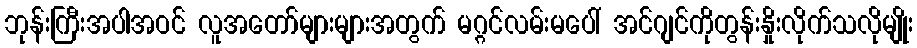
ဘုန်းကြီးအပါအဝင် လူအတော်များများအတွက် မဂ္ဂင်လမ်းမပေါ် အင်ဂျင်ကိုတွန်းနှိုးလိုက်သလိုမျိုး